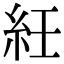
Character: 紝